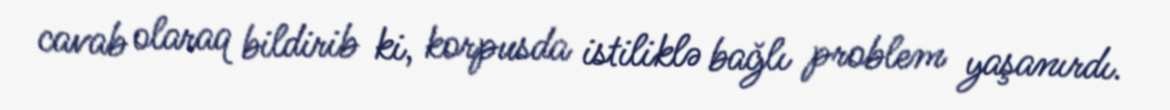
cavab olaraq bildirib ki, korpusda istiliklə bağlı problem yaşanırdı.